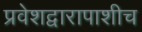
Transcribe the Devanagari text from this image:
प्रवेशद्वारापाशीच